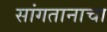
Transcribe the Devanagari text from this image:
सांगतानाचा